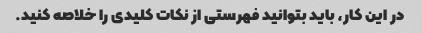
در این کار، باید بتوانید فهرستی از نکات کلیدی را خلاصه کنید.